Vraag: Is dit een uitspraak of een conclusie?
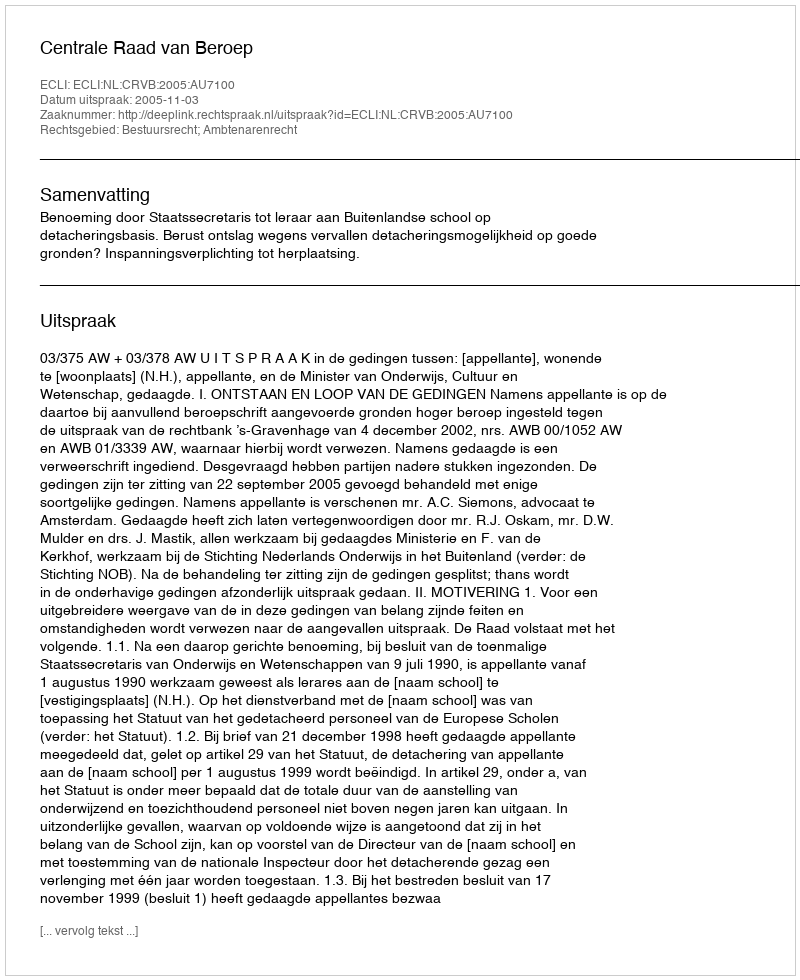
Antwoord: Uitspraak